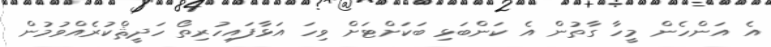
އެ އަންހެން މީހާ ގާތުން އެ ކަންބަޅި ބަކަށްޓަށް ވިހަ އަޅާފައިހުރިތޯ ހަދީޘްކުރެއްވުމުން